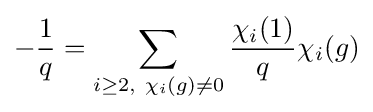
-{\frac {1}{q}}=\sum _{i\geq 2,~\chi _{i}(g)\neq 0}{\frac {\chi _{i}(1)}{q}}\chi _{i}(g)